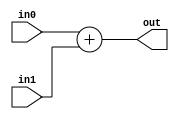
`timescale 1ns / 1ps
//////////////////////////////////////////////////////////////////////////////////
// Company: 
// Engineer: 
// 
// Design Name: 
// Module Name: sum
// Project Name: 
// Target Devices: 
// Tool Versions: 
// Description: 
// 
// Dependencies: 
// 
// Revision:
// Revision 0.01 - File Created
// Additional Comments:
// 
//////////////////////////////////////////////////////////////////////////////////

module sum(input [3:0] in0,
            input [3:0] in1,
            output [4:0] out);
          
assign out = in0 + in1;

endmodule